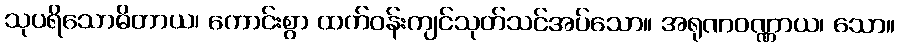
သုပရိသောဓိတာယ၊ ကောင်းစွာ ထက်ဝန်းကျင်သုတ်သင်အပ်သော။ အရုဏဝဏ္ဏာယ၊ သော။